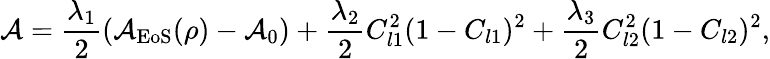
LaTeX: \mathcal{A}=\frac{\lambda_{1}}{2}(\mathcal{A}_{\mathrm{EoS}}(\rho)-\mathcal{A}_{0})+\frac{\lambda_{2}}{2}C_{l1}^{2}(1-C_{l1})^{2}+\frac{\lambda_{3}}{2}C_{l2}^{2}(1-C_{l2})^{2},